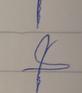
Signature authenticity: forged